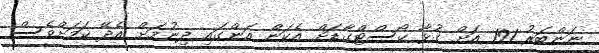
ނަންބަރު 191 އަށް ގުޅާ ކޯސްޓްގާޑަށް އެކަން އަންގަައި ދިނުމަށް އެދޭ ކަމަށްވެސް